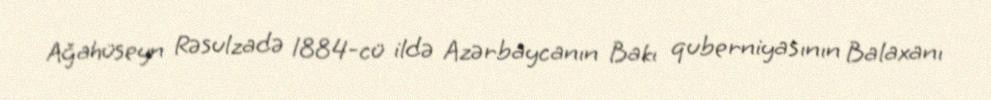
Ağahüseyn Rəsulzadə 1884-cü ildə Azərbaycanın Bakı quberniyasının Balaxanı